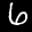
Label: 6